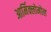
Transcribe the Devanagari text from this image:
आर्मिक्लोमोल